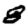
Digit: 8